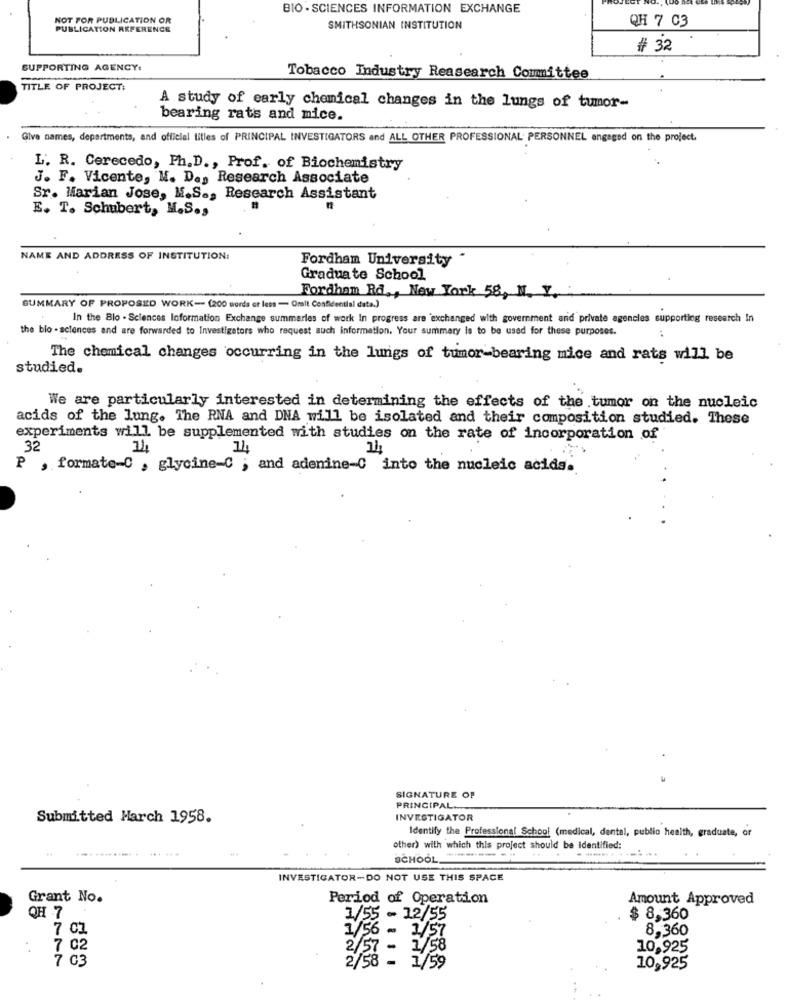
BIO - SCIENCES INFORMATION EXCHANGE
NOT FOR PUBLICATION OR
QH 7 C3
PUBLICATION REFERENCE
SMITHSONIAN INSTITUTION
# 32
SUPPORTING AGENCY:
Tobacco Industry Reasearch Committee
TITLE OF PROJECT:
A study of early chemical changes in the lungs of tumor-
bearing rats and mice.
Give names, departments, and official titles of PRINCIPAL INVESTIGATORS and ALL OTHER PROFESSIONAL PERSONNEL engaged on the project.
L. R. Cerecedo, Ph.D ., Prof. of Biochemistry
J. F. Vicente, M. D ., Research Associate
Sr. Marian Jose, M.S ., Research Assistant
E. T. Schubert, M.S .,
NAME AND ADDRESS OF INSTITUTION:
Fordham University
Graduate School
-
Fordham Rd ., New York 58, N. Y.
SUMMARY OF PROPOSED WORK- (200 words or less - Orait Confidential data.)
In the Blo - Sciences Information Exchange summaries of work In progress are 'exchanged with government and private agencies supporting research In
the bio - sciences and are forwarded to Investigators who request such information. Your summary Is to be used for these purposes.
The chemical changes occurring in the lungs of tumor-bearing mice and rats will be
studied.
We are particularly interested in determining the effects of the tumor on the nucleic
acids of the lung. The RNA and DNA will be isolated and their composition studied. These
experiments will be supplemented with studies on the rate of incorporation of
32
P , formate-C , glycine-C ; and adenine-C into the nucleic acids.
SIGNATURE OF
PRINCIPAL .....
Submitted Harch 1958.
INVESTIGATOR
Identify the Professional School (medical, dental, public health, graduate, or
other) with which this project should be Identified:
SCHOOL"
INVESTIGATOR-DO NOT USE THIS SPACE
Grant No.
Period of Operation
Amount Approved
QH 7
1/55 - 12/55
$ 8,360
7 C1
/56 - 1/57
8,360
7 02
2/57 -
7/58
10,925
7 03
2/58 - 1/59
10,925